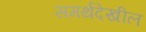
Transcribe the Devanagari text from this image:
समर्थदेखील